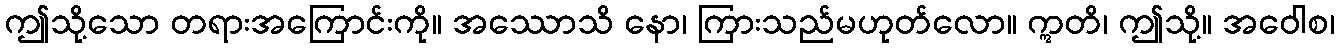
ဤသို့သော တရားအကြောင်းကို။ အဿောသိ နော၊ ကြားသည်မဟုတ်လော။ ဣတိ၊ ဤသို့။ အဝေါစ၊